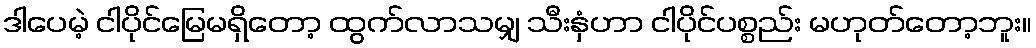
ဒါပေမဲ့ ငါပိုင်မြေမရှိတော့ ထွက်လာသမျှ သီးနှံဟာ ငါပိုင်ပစ္စည်း မဟုတ်တော့ဘူး။